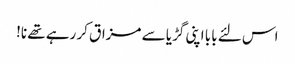
اس لئے بابا اپنی گڑیا سے مزاق کر رہے تھے نا!